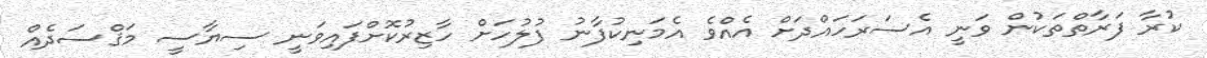
ކުރާ ފަރާތްތަކުން ވަނީ އެސަރަހައްދަށް އެއްވެ އެމަނިކުފާނު ފުލުހަށް ހާޒިރުކޮށްފައިވަނީ ސިޔާސީ މަޤްސަދެއް